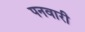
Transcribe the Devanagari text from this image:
पनवारी